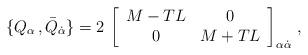
LaTeX: \begin{align*}\{Q_\alpha\, , \bar Q_{\dot\alpha}\} = 2\, \left[ \begin{array}{cc}M-T L & 0\\ 0 & M+ T L\end{array} \right]_{\alpha\dot\alpha}\, ,\end{align*}